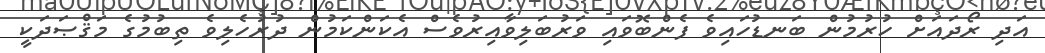
އަދި ރޯދައަށް ހުރުމުން ބަނޑުހައިވެ ފެންބޮވައި ވަރުބަލިވާއިރުވެސް އެކަންކަމުން ދުރުހެލިވެ ތިބުމުގެ މަޤްޞަދަކީ